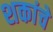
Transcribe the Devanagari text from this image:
शकांचे